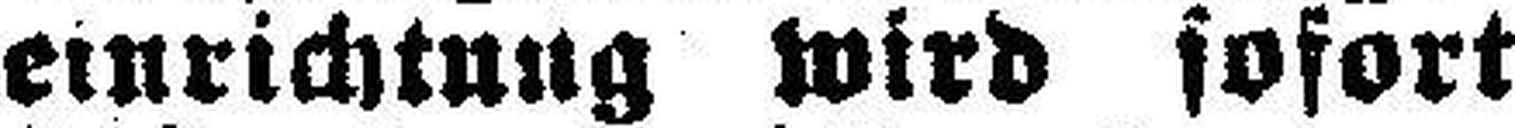
einrichtung wird sofort